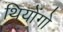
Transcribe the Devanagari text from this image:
थियोंगो